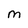
Character: M